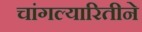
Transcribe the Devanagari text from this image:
चांगल्यारितीने